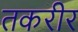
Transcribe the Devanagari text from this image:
तकरीर